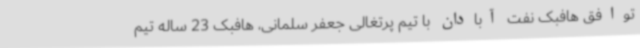
توافق هافبک نفت آبادان با تیم پرتغالی جعفر سلمانی، هافبک 23 ساله تیم